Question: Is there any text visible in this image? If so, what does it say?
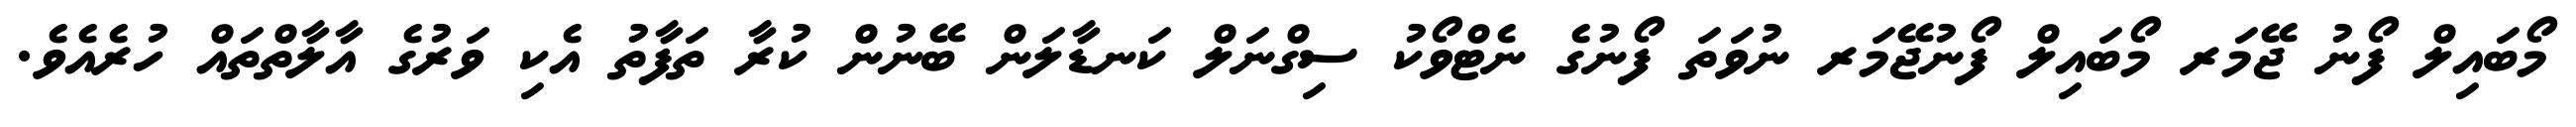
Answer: މޯބައިލް ފޯނު ޖޭމަރ މޯބައިލް ފޯނުޖޭމަރ ނުވަތަ ފޯނުގެ ނެޓްވޯކު ސިގްނަލް ކަނޑާލަން ބޭނުން ކުރާ ތަފާތު އެކި ވަރުގެ އާލާތްތައް ހުރެއެވެ.